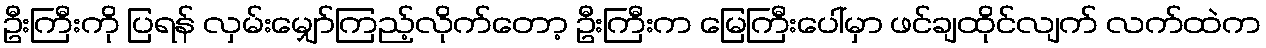
ဦးကြီးကို ပြရန် လှမ်းမျှော်ကြည့်လိုက်တော့ ဦးကြီးက မြေကြီးပေါ်မှာ ဖင်ချထိုင်လျက် လက်ထဲက